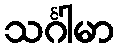
သင်္ဂါမာ